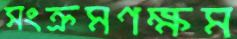
সংক্রমণক্ষম